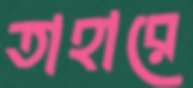
তাহারে